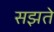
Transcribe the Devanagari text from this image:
सझते